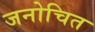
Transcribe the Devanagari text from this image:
जनोचित